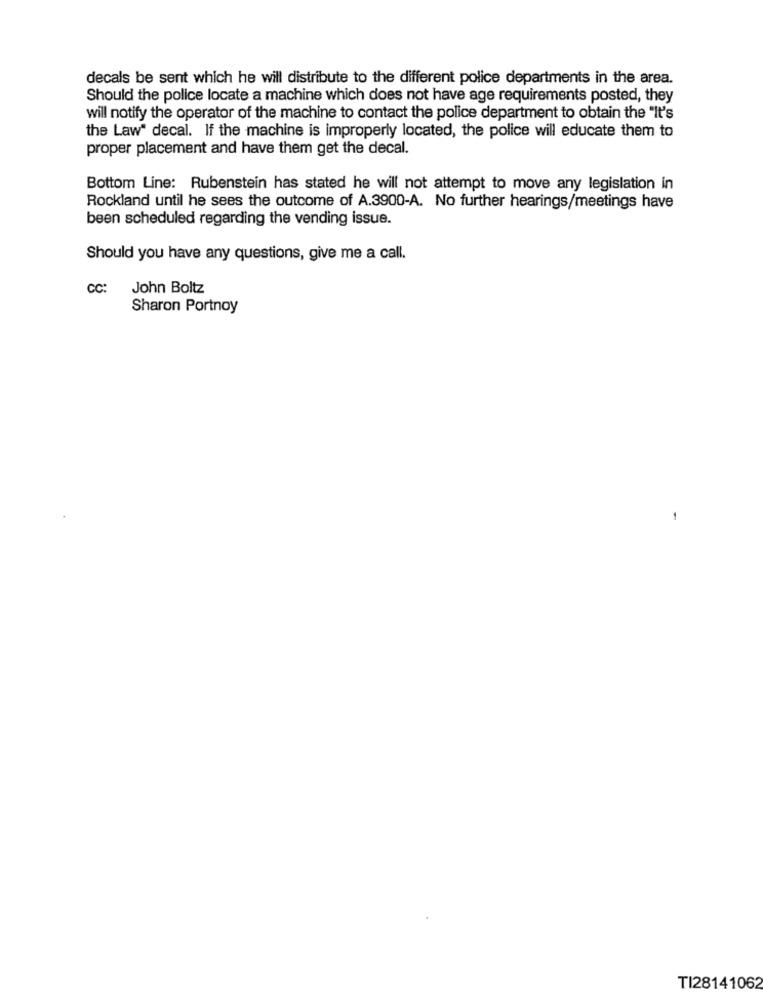
decals be sent which he will distribute to the different police departments in the area.
Should the police locate a machine which does not have age requirements posted, they
will notify the operator of the machine to contact the police department to obtain the "It's
the Law" decal. If the machine is improperly located, the police will educate them to
proper placement and have them get the decal.
Bottom Line: Rubenstein has stated he will not attempt to move any legislation in
Rockland until he sees the outcome of A.3900-A. No further hearings/meetings have
been scheduled regarding the vending issue.
Should you have any questions, give me a call.
CC: John Boltz
Sharon Portnoy
-
TI28141062